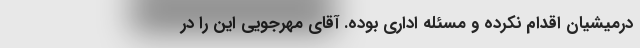
درمیشیان اقدام نکرده و مسئله اداری بوده. آقای مهرجویی‌ این را در